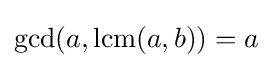
\gcd(a,\operatorname {lcm} (a,b))=a